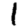
Digit: 1